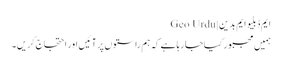
ایم ڈبلیو ایم بدین | Geo Urdu
ہمیں مجبور کیاجا رہا ہے کہ ہم راستوں پر آئیں اور احتجاج کریں۔